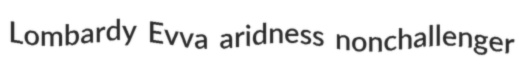
Lombardy Evva aridness nonchallenger